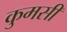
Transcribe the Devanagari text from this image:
कुमसी